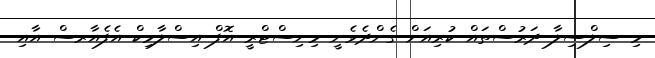
މި ސިލްސިލާ ދަރުސްތައް ކުރިއަށް ގެންދެވެނީ މިނިސްޓްރީ އޮފް އިސްލާމިކް އެފެއާރސް އާއި